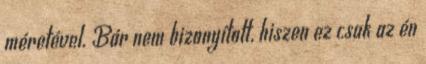
méretével. Bár nem bizonyított, hiszen ez csak az én